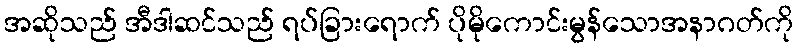
အဆိုသည် အီဒါဆင်သည် ရပ်ခြားရောက် ပိုမိုကောင်းမွန်သောအနာဂတ်ကို